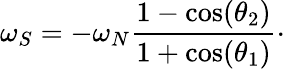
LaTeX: \omega_{S}=-\omega_{N}\frac{1-\cos(\theta_{2})}{1+\cos(\theta_{1})}\cdot